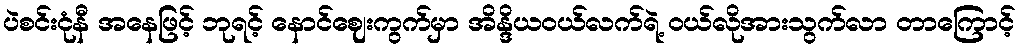
ပဲစင်းငုံနီ အနေဖြင့် ဘုရင့် နောင်ဈေးကွက်မှာ အိန္ဒိယဝယ်လက်ရဲ့ ဝယ်လိုအားသွက်လာ တာကြောင့်